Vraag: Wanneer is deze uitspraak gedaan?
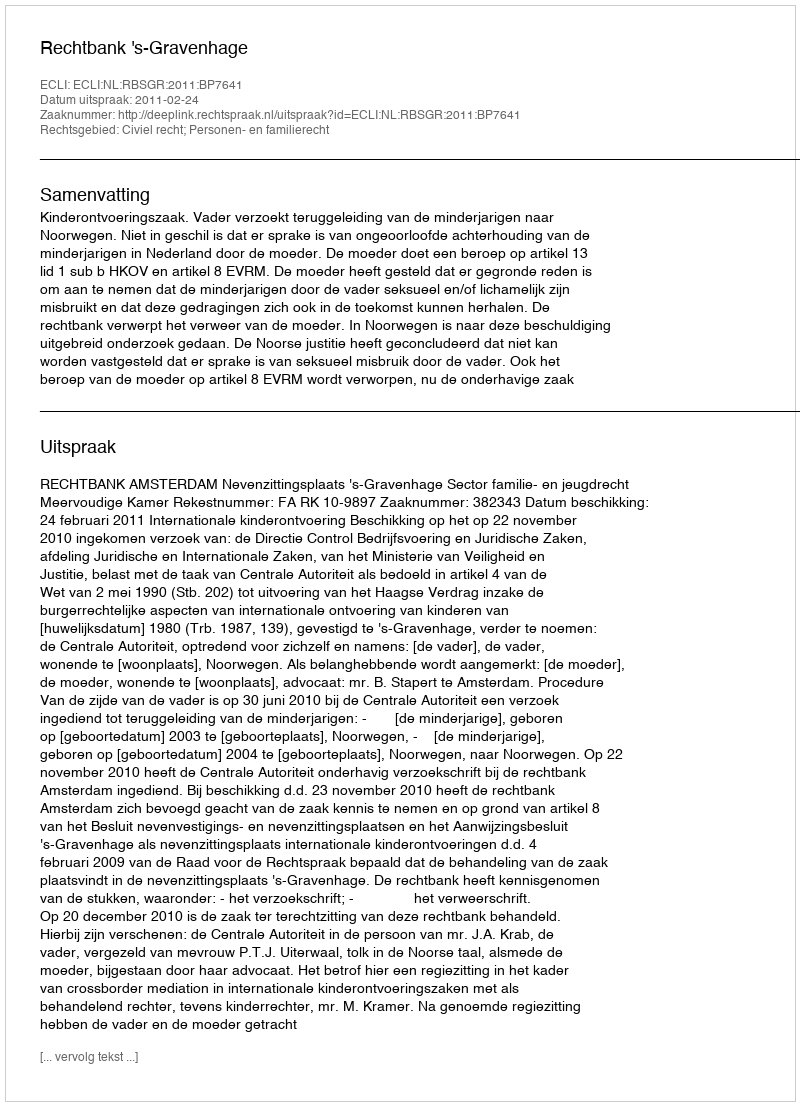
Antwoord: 2011-02-24